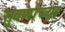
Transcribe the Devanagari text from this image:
सुवर्णाच्या